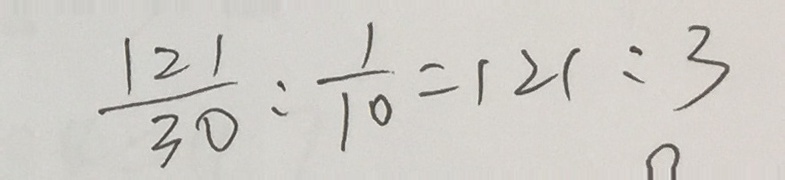
\frac { 1 2 1 } { 3 0 } : \frac { 1 } { 1 0 } = 1 2 1 : 3